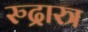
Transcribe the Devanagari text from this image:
रुद्रास्त्र